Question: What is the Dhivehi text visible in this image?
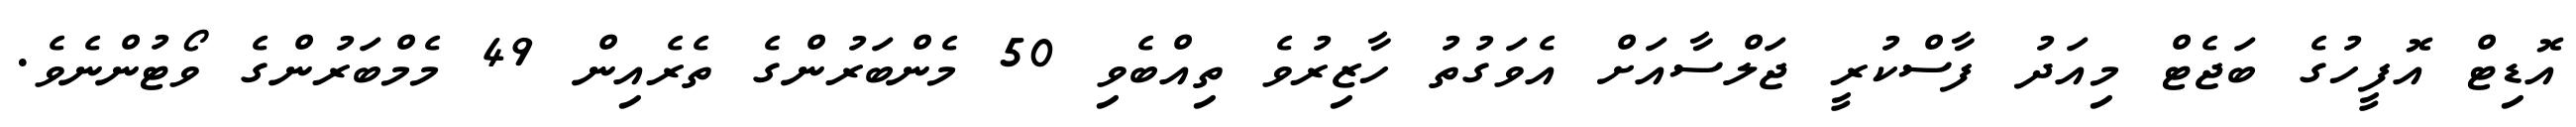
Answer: އޮޑިޓް އޮފީހުގެ ބަޖެޓް މިއަދު ފާސްކުރީ ޖަލްސާއަށް އެވަގުތު ހާޒިރުވެ ތިއްބެވި 50 މެންބަރުންގެ ތެރެއިން 49 މެމްބަރުންގެ ވޯޓުންނެވެ.